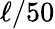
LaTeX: \ell/50